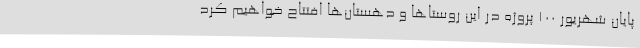
پایان شهریور 100 پروژه در این روستاها و دهستان‌ها افتتاح خواهیم کرد